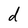
Character: d